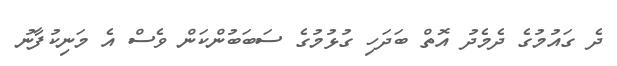
ދެ ގައުމުގެ ދެމެދު އޮތް ބަދަހި ގުޅުމުގެ ސަބަބުންކަން ވެެސް އެ މަނިކުފާނު